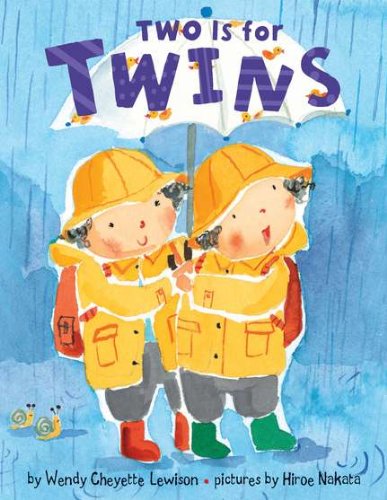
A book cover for Two is for Twins; Wendy Cheyette Lewison; Children's Books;